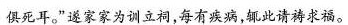
俱死耳。”遂家家为训立祠，每有疾病，辄此请祷求福。